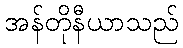
အန်တိုနီယာသည်